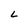
Character: L